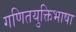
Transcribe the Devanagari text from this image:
गणितयुक्तिभाषा